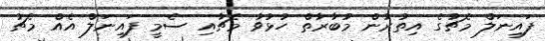
ފައިނަލް މެޗުގެ އިތުރުން މުބާރާތް ހުޅުވާ މެޗާއި ސެމީ ފައިނަލް އެއް މެޗު